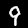
Label: 9